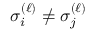
\sigma _ { i } ^ { ( \ell ) } \neq \sigma _ { j } ^ { ( \ell ) }